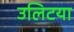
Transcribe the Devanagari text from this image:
उलिटया